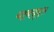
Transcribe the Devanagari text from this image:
याबद्द्ल